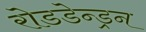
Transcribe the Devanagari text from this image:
रोडडेन्ड्रन